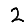
Digit: 2